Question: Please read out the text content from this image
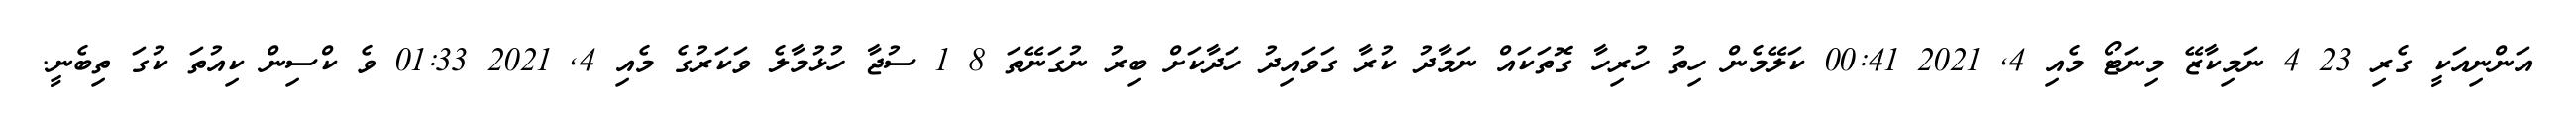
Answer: އަންނިއަކީ ގެރި 23 4 ނަމިކާޒޭ މިނަޓޯ މެއި 4, 2021 00:41 ކަލޭމެން ހިތު ހުރިހާ ގޮތަކައް ނަމާދު ކުރާ ގަވައިދު ހަދާކަށް ބިރު ނުގަނޭތަ 8 1 ސުޖާ ހުޅުމާލެ ވަކަރުގެ މެއި 4, 2021 01:33 ވެ ކްސިން ކިއުތަ ކުގަ ތިބެނީ.